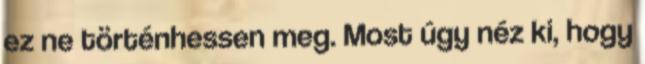
ez ne történhessen meg. Most úgy néz ki, hogy